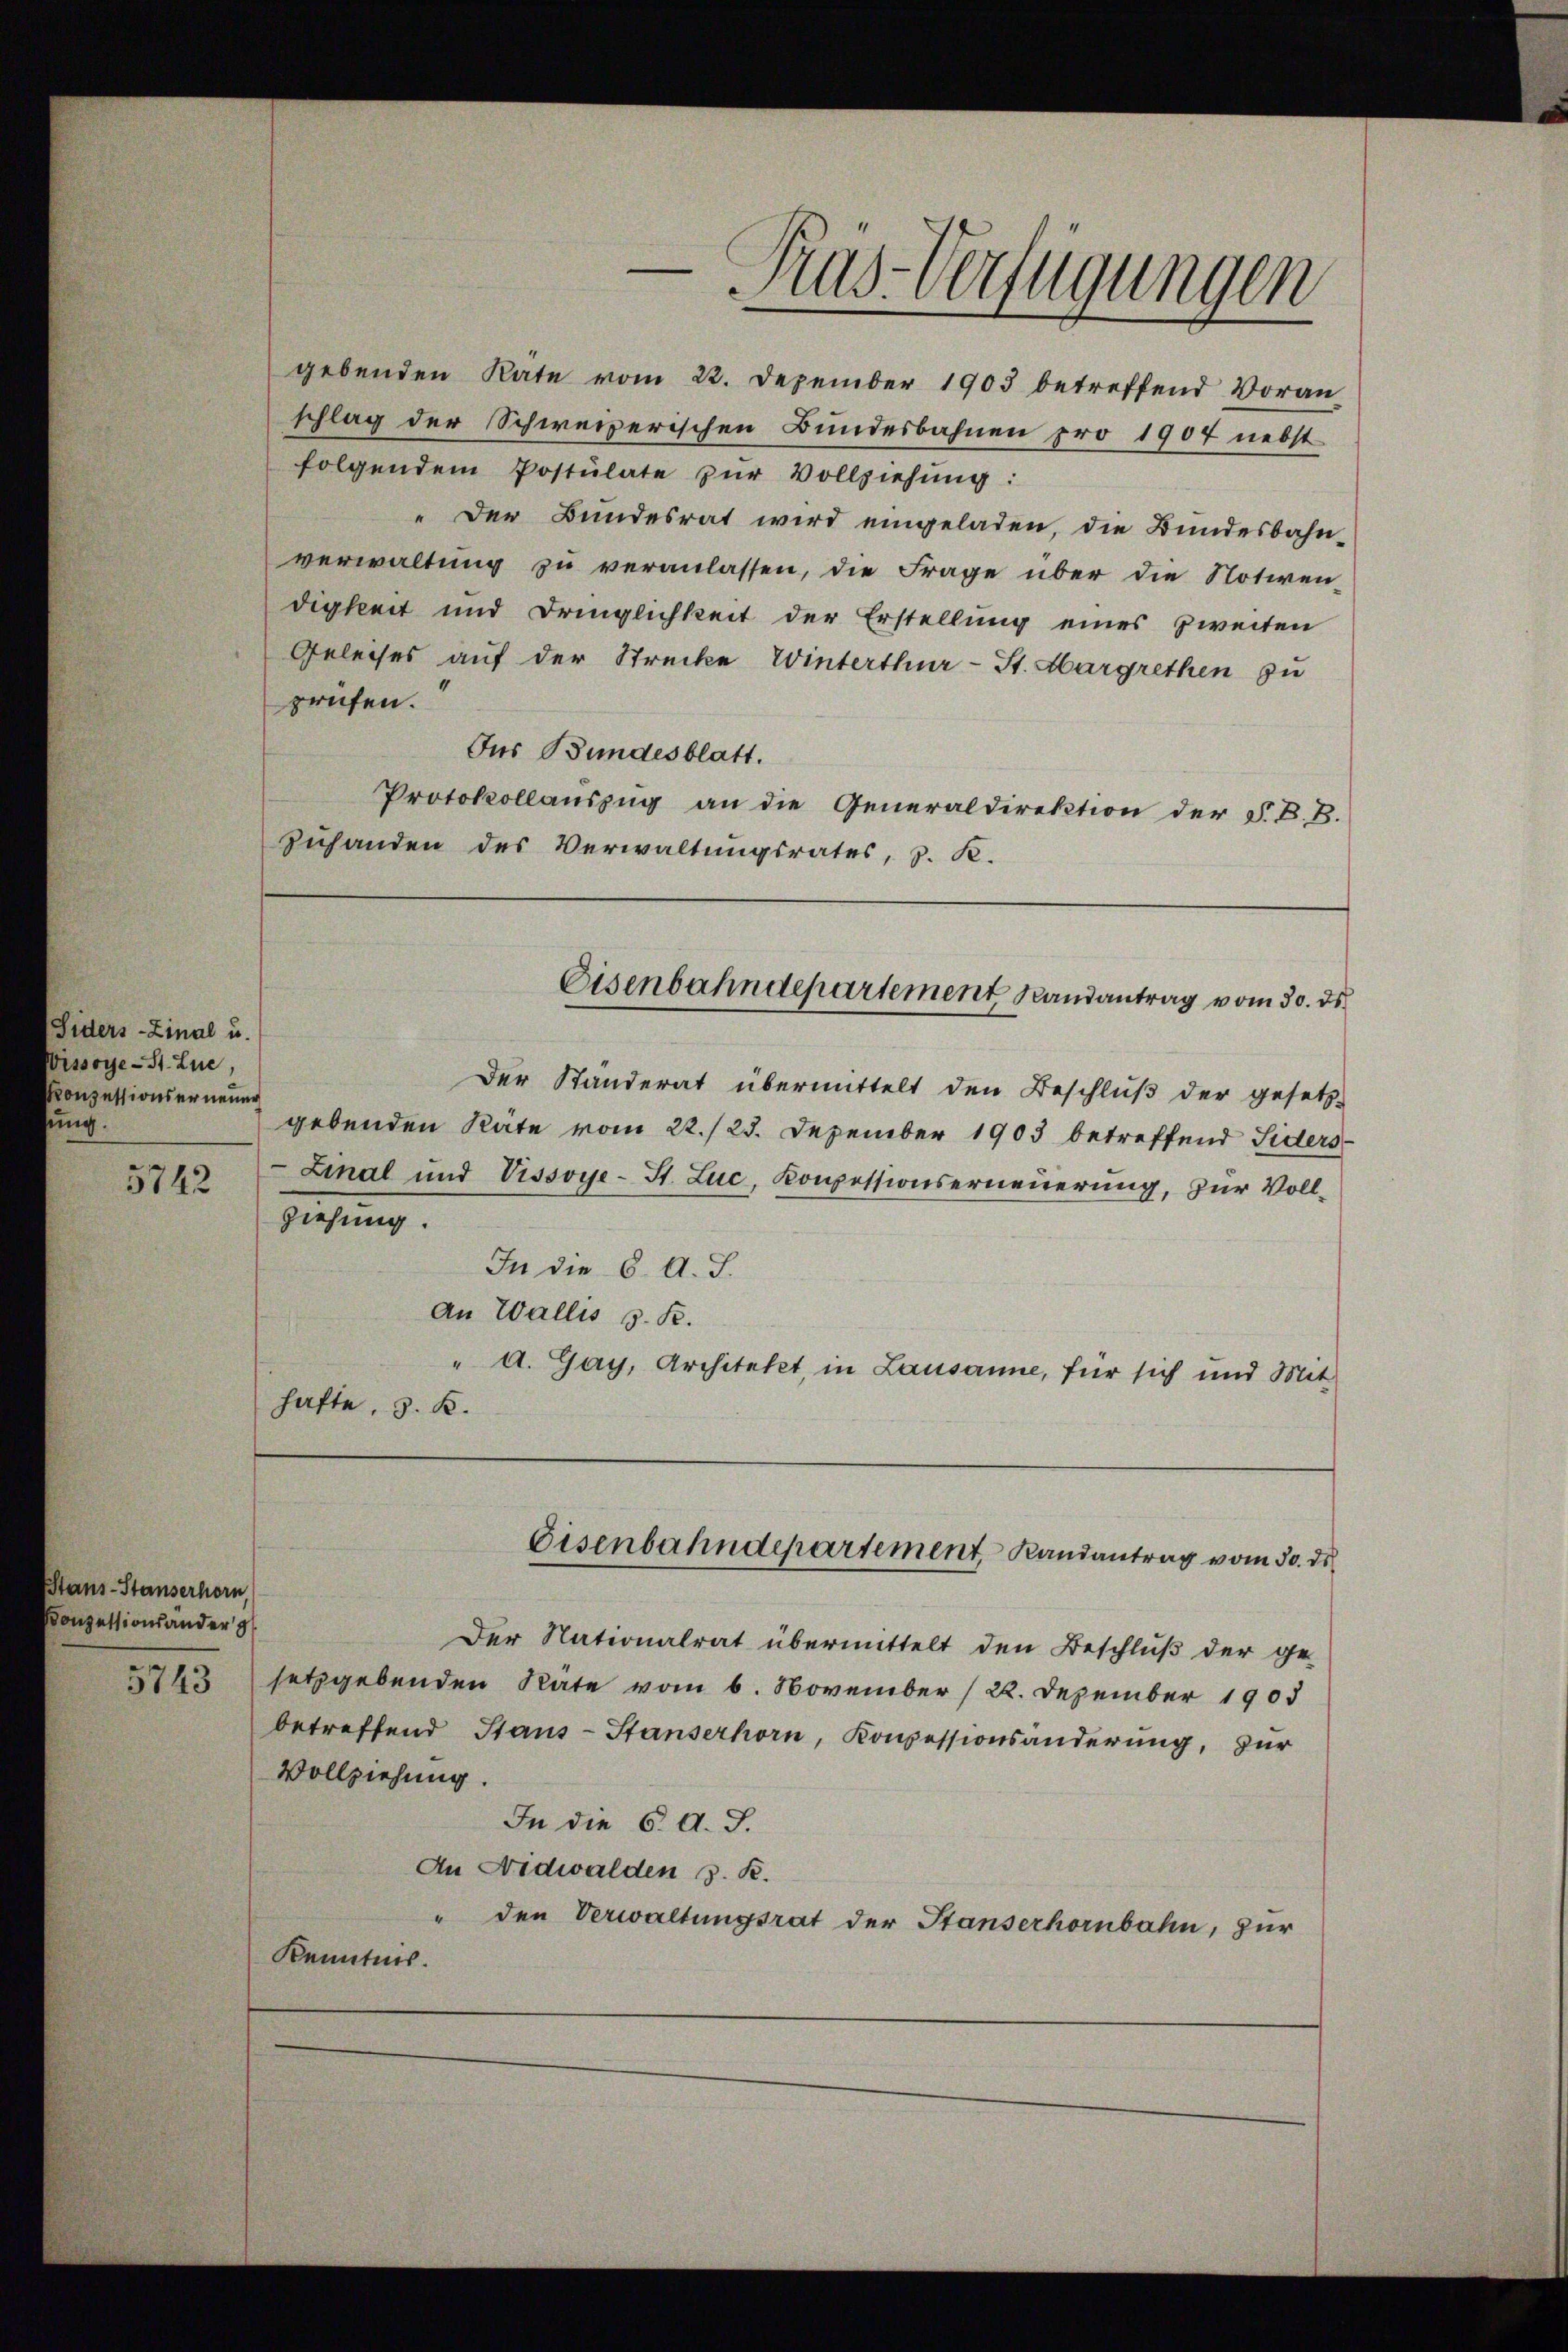
Siders-Zinal u.
Wissoye-St. Lue,
Konzessionserneuer
ung.
5742
ziehung.

tans-Stauserhorn
Conzessionsänder

gebenden Räte

folgendem Postulate zŭr Vollziehŭng:
" Der Bundesrat wird eingeladen, die Bundesbahn-
verwaltung zu veranlassen, die Frage über die Notivendigkeit und Dringlichkeit der Erstellung eines zweiten
Geleises auf der Strecke Winterthur-St. Margrethen zu
prüfen.
Jus Bundesblatt.
Protokollauszug an die Generaldirektion der F. B. B.
zuhanden des Verwaltungsrates, d. K.
Der Ständerat übermittelt den Beschluß der gesetz-
gebenden Räte vom 22./23. Dezember 1903 betreffend Siders
Linal und Vissoye-St. Luc, Kompessionserneuerung, zur Voll¬
In die 6. A. J.
an Wallis s. R.
" A. Gay, Architekt, in Lausanne, für sich und Mit
hafte, S. K.
Eisenbahndepartement, Randantrag vom 30. ds
Der Nationalrat übermittelt den Beschluß der ge-
2143 setzgebenden Räte vom 6. November (22. Dezember 1905
betreffend Stans-Stanserhorn, Konzessionsänderŭng, zŭr
Vollziehung.
In die 6. d. J.
An Nidwalden 3. R.
" den Verwaltungsrat der Stanserhornbahn, zur
Kenntnis.

Eisenbahndepartement Randantrag vom 30. ds

Ras-Verfügungen
 22. Dezember 1903 betreffend Voranschlag der Schweizerischen Bundesbahnen pro 1907 nebst